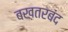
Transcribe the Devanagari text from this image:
बख़तरबंद